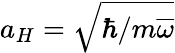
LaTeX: a_{H}=\sqrt{\hbar/m\overline{{\omega}}}